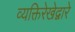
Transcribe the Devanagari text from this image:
व्यक्तिरेखेद्वारे